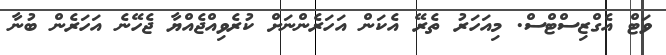
ވަޓް އެގްޒިސްޓްސް. މިއަހަރު ތެރޭ އެކަން އަހަރެންނަށް ކުރެވިއްޖެއްޔާ ޖެހޭނެ އަހަރެން ބުނާ